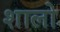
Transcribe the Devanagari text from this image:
शालो